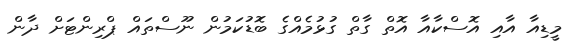
މީޑިއާ އާއި އޮސްކާއާ އޮތް ގާތް ގުޅުމެއްގެ ބޮޑުކަމުން ނޫސްތައް ޕްރިންޓަށް ދާން